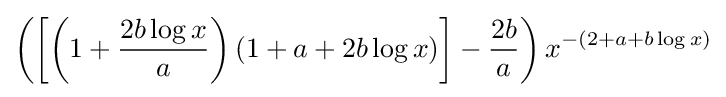
\left(\left[\left(1+{\frac {2b\log x}{a}}\right)\left(1+a+2b\log x\right)\right]-{\frac {2b}{a}}\right)x^{-\left(2+a+b\log x\right)}